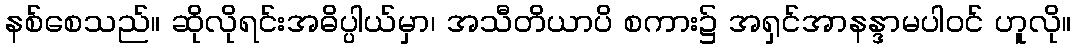
နစ်စေသည်။ ဆိုလိုရင်းအဓိပ္ပါယ်မှာ၊ အသီတိယာပိ စကား၌ အရှင်အာနန္ဒာမပါဝင် ဟူလို။